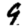
Digit: 9